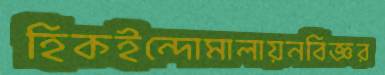
হিকইন্দোমালায়নবিজ্ঞর